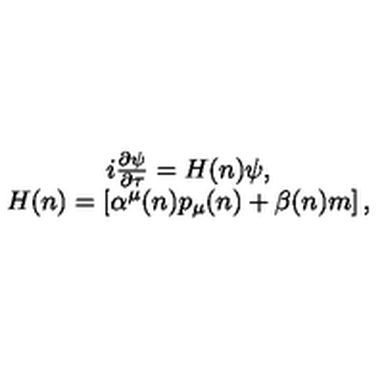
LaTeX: \begin{array} { c } { i \frac { \partial \psi } { \partial \tau } = H ( n ) \psi , } \\ { H ( n ) = \left[ \alpha ^ { \mu } ( n ) p _ { \mu } ( n ) + \beta ( n ) m \right] , } \\ \end{array}